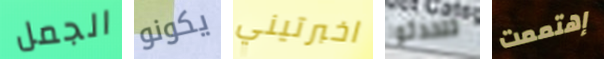
الجمل يكونو اخبرتيني تتحدثوا إهتممت